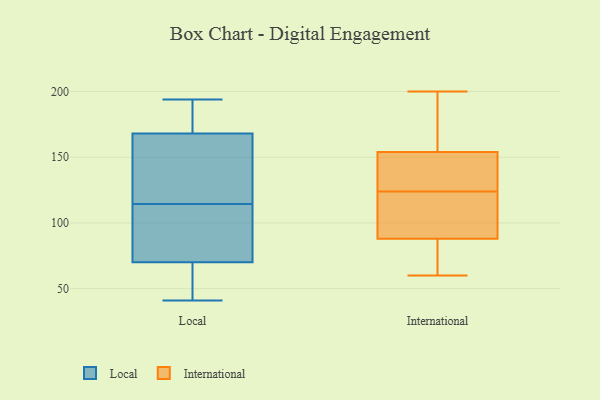
{"axis": {"x": "Active Users", "y": "Value"}, "legend": ["International", "Local"], "data": [{"x": "", "y": 41, "type": "Local"}, {"x": "", "y": 171, "type": "Local"}, {"x": "", "y": 70, "type": "Local"}, {"x": "", "y": 168, "type": "Local"}, {"x": "", "y": 194, "type": "Local"}, {"x": "", "y": 77, "type": "Local"}, {"x": "", "y": 122, "type": "Local"}, {"x": "", "y": 150, "type": "Local"}, {"x": "", "y": 51, "type": "Local"}, {"x": "", "y": 107, "type": "Local"}, {"x": "", "y": 126, "type": "International"}, {"x": "", "y": 151, "type": "International"}, {"x": "", "y": 124, "type": "International"}, {"x": "", "y": 155, "type": "International"}, {"x": "", "y": 70, "type": "International"}, {"x": "", "y": 200, "type": "International"}, {"x": "", "y": 114, "type": "International"}, {"x": "", "y": 91, "type": "International"}, {"x": "", "y": 60, "type": "International"}, {"x": "", "y": 87, "type": "International"}, {"x": "", "y": 156, "type": "International"}]}